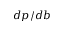
d p / d b